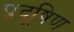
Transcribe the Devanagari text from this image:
प्रदूषिण